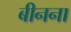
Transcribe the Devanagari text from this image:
बीनना